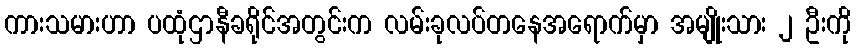
ကားသမားဟာ ပထုံဌာနီခရိုင်အတွင်းက လမ်းခုလပ်တနေအရောက်မှာ အမျိုးသား ၂ ဦးကို